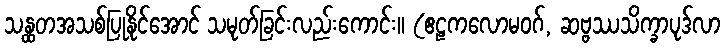
သန္ထတအသစ်ပြုနိုင်အောင် သမုတ်ခြင်းလည်းကောင်း။ (ဧဠကလောမဝဂ်, ဆဗ္ဗဿသိက္ခာပုဒ်လာ